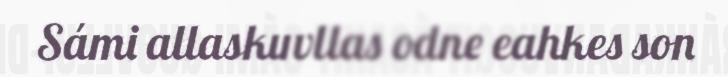
Sámi allaskuvllas odne eahkes son